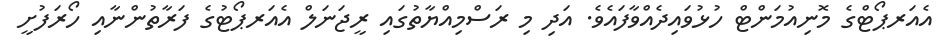
އެއަރޕޯޓްގެ މޮނިއުމަންޓް ހުޅުވައިދެއްވާފައެވެ. އަދި މި ރަސްމިއްޔާތުގައި ރީޖަނަލް އެއަރޕޯޓުގެ ފަރާތުންނާއި ހޯރަފުށީ